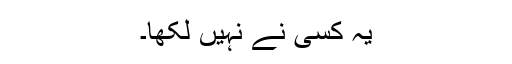
یہ کسی نے نہیں لکھا۔